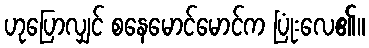
ဟုပြောလျှင် စနေမောင်မောင်က ပြုံးလေ၏။